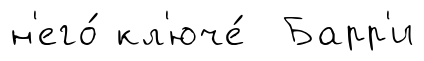
н'его́ кл'юче́ Барр'и